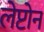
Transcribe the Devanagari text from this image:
लेप्टोन